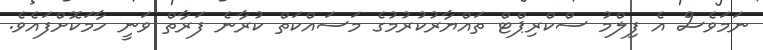
ނަމަވެސް އެ ފިލްމު ސްކްރިޕްޓް ތައްޔާރުކުރުމުގެ މަސައްކަތް ކުރާނެ ފަރާތް ވަނީ ހާމަކޮށްފައެވެ.